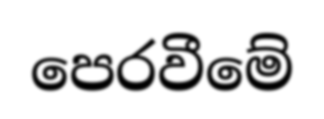
පෙරවීමේ